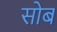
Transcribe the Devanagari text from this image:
सोब